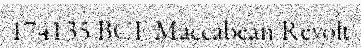
174135 BCE Maccabean Revolt